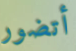
أتضور